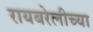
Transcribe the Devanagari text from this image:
रायबरेलीच्या